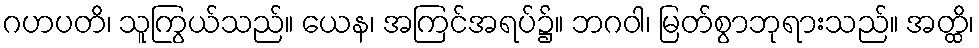
ဂဟပတိ၊ သူကြွယ်သည်။ ယေန၊ အကြင်အရပ်၌။ ဘဂဝါ၊ မြတ်စွာဘုရားသည်။ အတ္ထိ၊